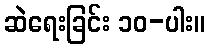
ဆဲရေးခြင်း ၁၀-ပါး။